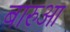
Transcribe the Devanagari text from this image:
बारुआ